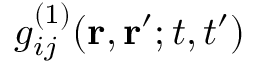
g _ { i j } ^ { ( 1 ) } ( \mathbf { r } , \mathbf { r } ^ { \prime } ; t , t ^ { \prime } )